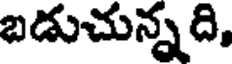
బడుచున్నది,